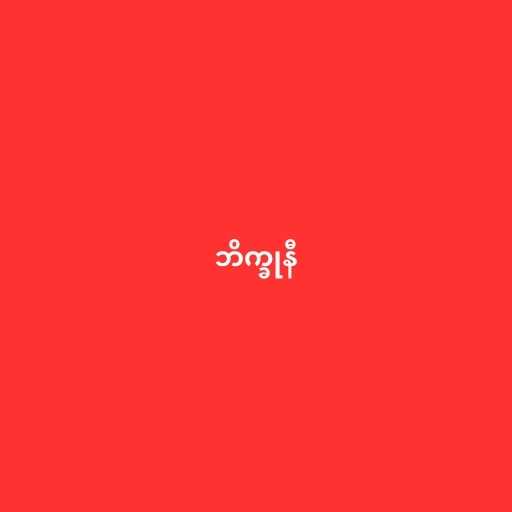
ဘိက္ခုနီ